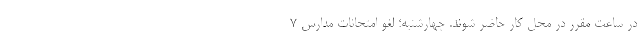
در ساعت مقرر در محل کار حاضر شوند. چهارشنبه؛ لغو امتحانات مدارس 7